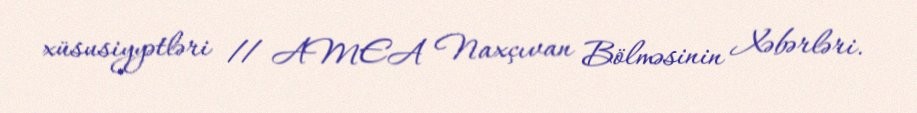
xüsusiyyətləri // AMEA Naxçıvan Bölməsinin Xəbərləri.